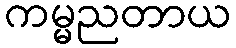
ကမ္မညတာယ